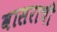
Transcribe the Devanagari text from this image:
वासराची